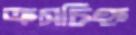
ক্রসচিহ্ন